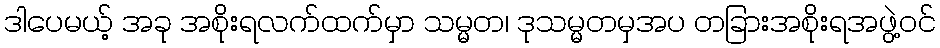
ဒါပေမယ့် အခု အစိုးရလက်ထက်မှာ သမ္မတ၊ ဒုသမ္မတမှအပ တခြားအစိုးရအဖွဲ့ဝင်